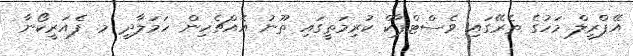
އޭޕްރީލް މަހުގެ ތެރޭގައި ވެސްޓްޕާކް ކުރިމަތީގައި ތޫނު އެއްޗެހިން ހަމަލާދީ މ. ފެއަރީކޯނާ